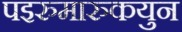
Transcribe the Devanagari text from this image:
पइरुमारुकयुन